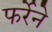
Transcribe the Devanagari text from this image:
फर्रेने